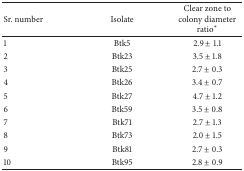
<table><thead><tr><td><b>Sr. number</b></td><td><b>Isolate</b></td><td><b>Clear zone to colony diameter ratio<sup><i>∗</i></sup></b></td></tr></thead><tbody><tr><td>1</td><td>Btk5</td><td>2.9 ± 1.1</td></tr><tr><td>2</td><td>Btk23</td><td>3.5 ± 1.8</td></tr><tr><td>3</td><td>Btk25</td><td>2.7 ± 0.3</td></tr><tr><td>4</td><td>Btk26</td><td>3.4 ± 0.7</td></tr><tr><td>5</td><td>Btk27</td><td>4.7 ± 1.2</td></tr><tr><td>6</td><td>Btk59</td><td>3.5 ± 0.8</td></tr><tr><td>7</td><td>Btk71</td><td>2.7 ± 1.3</td></tr><tr><td>8</td><td>Btk73</td><td>2.0 ± 1.5</td></tr><tr><td>9</td><td>Btk81</td><td>2.7 ± 0.3</td></tr><tr><td>10</td><td>Btk95</td><td>2.8 ± 0.9</td></tr></tbody></table>